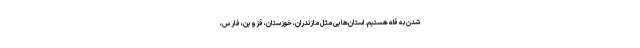
شدن به قله هستیم. استان‌هایی مثل مازندران، خوزستان، قزوین، فارس،